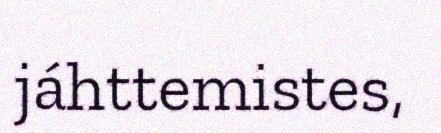
jáhttemistes,